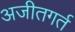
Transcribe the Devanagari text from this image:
अजीतगर्त